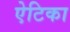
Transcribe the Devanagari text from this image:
ऐटिका